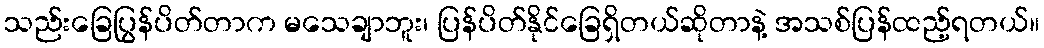
သည်းခြေပြွန်ပိတ်တာက မသေချာဘူး၊ ပြန်ပိတ်နိုင်ခြေရှိတယ်ဆိုတာနဲ့ အသစ်ပြန်ထည့်ရတယ်။